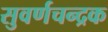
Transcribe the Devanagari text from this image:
सुवर्णचन्द्रक